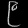
Digit: ၉